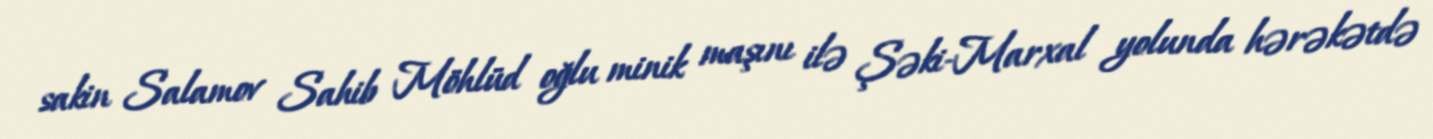
sakin Salamov Sahib Möhlüd oğlu minik maşını ilə Şəki-Marxal yolunda hərəkətdə